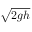
\sqrt { 2 g h }